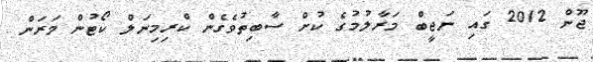
ޖޫން 2012 ގައި ނަޖީބް މަރާލުމުގެ ކުށް ސާބިތުވެގެން ކްރިމިނަލް ކޯޓުން މަރަން